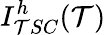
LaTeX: I_{\mathcal{T}SC}^{h}(\mathcal{T})